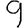
Digit: 9